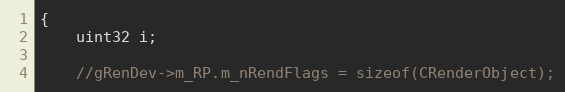
Language: C++
{
	uint32 i;

	//gRenDev->m_RP.m_nRendFlags = sizeof(CRenderObject);